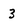
Character: 3